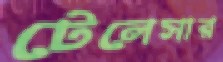
টেলেসার